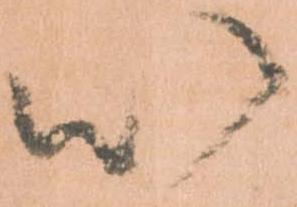
以